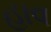
હાવ